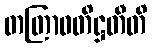
တတြာဝတိဋ္ဌတီတိ